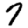
Digit: 7